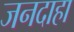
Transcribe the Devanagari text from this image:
जनदाहा